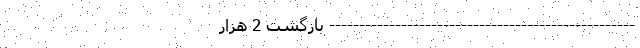
--------------------------------------------------- بازگشت 2 هزار